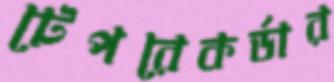
টেপরেকর্ডার